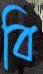
বি